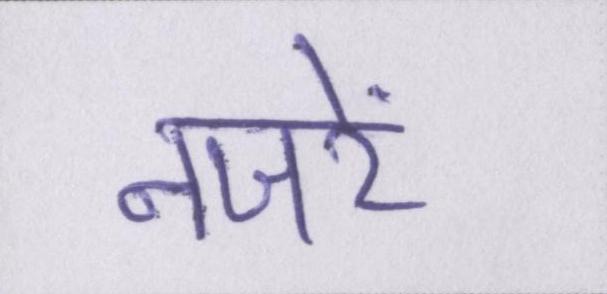
नजरें